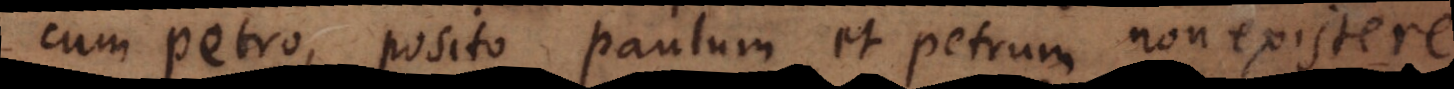
cum Petro, posito Paulum et Petrum non existere